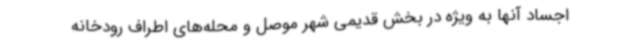
اجساد آنها به ویژه در بخش قدیمی شهر موصل و محله‌های اطراف رودخانه